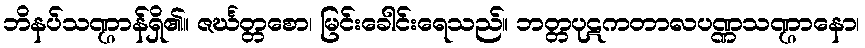
ဘိနပ်သဏ္ဌာန်ရှိ၏။ ဇင်္ဃတ္တစော၊ မြင်းခေါင်းရေသည်။ ဘတ္တပုဋကတာလပဏ္ဏသဏ္ဌာနော၊